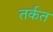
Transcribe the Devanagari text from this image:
तर्कत